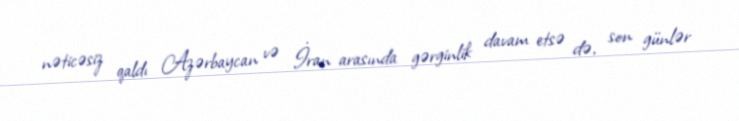
nəticəsiz qaldı Azərbaycan və İran arasında gərginlik davam etsə də, son günlər